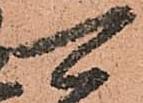
可